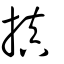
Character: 搷